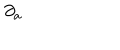
\partial _ { \mathrm { a } }